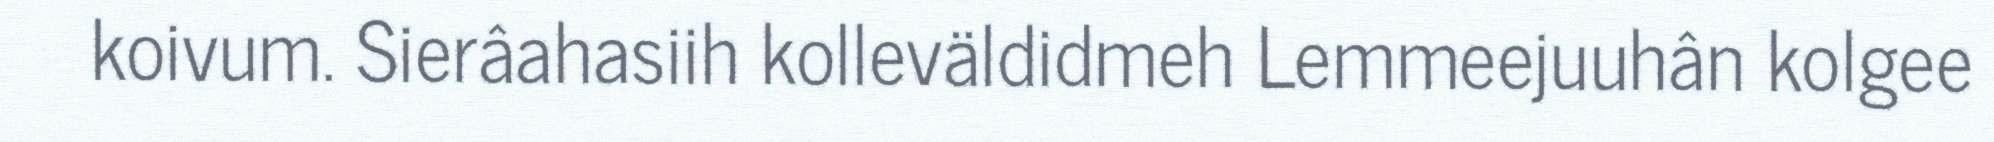
koivum. Sierâahasiih kolleväldidmeh Lemmeejuuhân kolgee